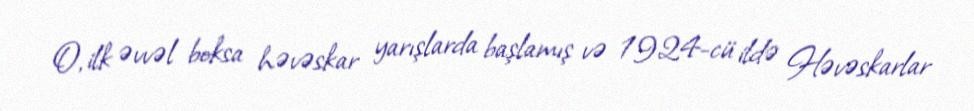
O, ilk əvvəl boksa həvəskar yarışlarda başlamış və 1924-cü ildə Həvəskarlar